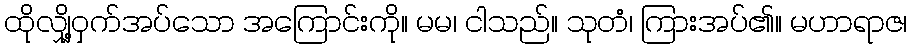
ထိုလျှို့ဝှက်အပ်သော အကြောင်းကို။ မမ၊ ငါသည်။ သုတံ၊ ကြားအပ်၏။ မဟာရာဇ၊